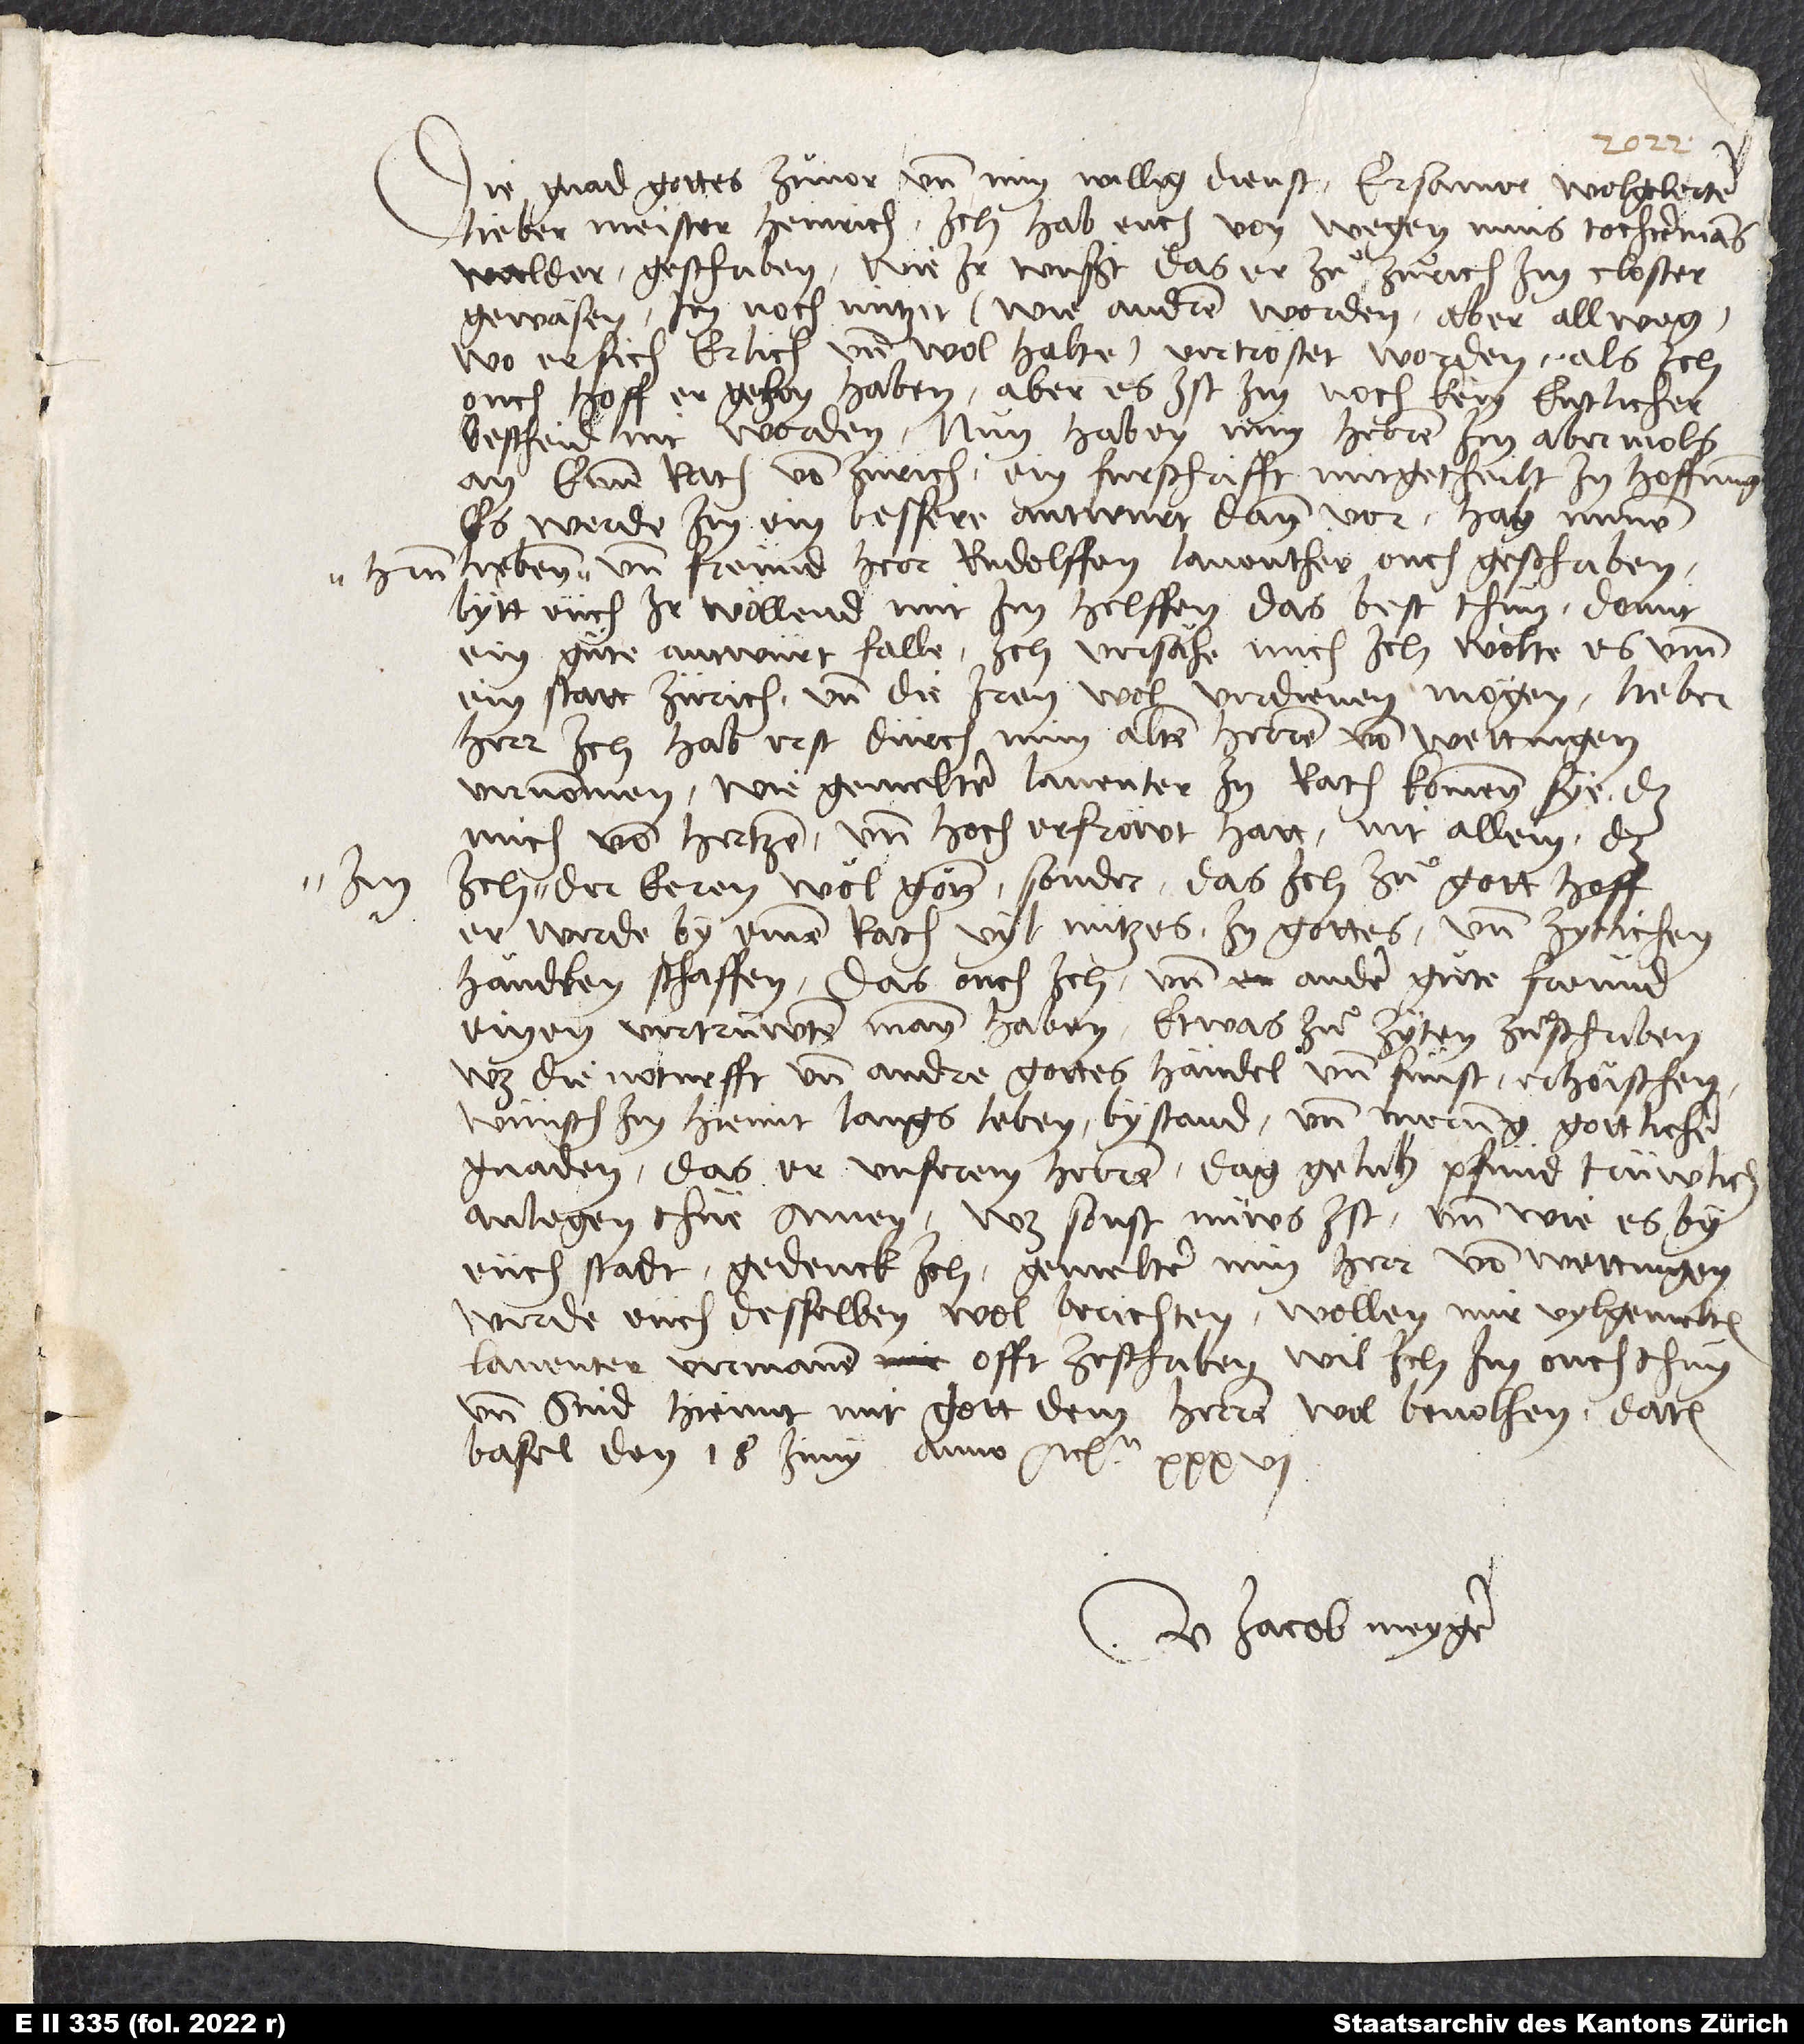
im

Die gnad gottes zuͦvor und min willig dienst. Ersamer, wolgelerter,
lieber Meister Heinrich, ich hab euch von wegen mins tochtermans
Walder geschriben, wie ir wusst, das er zuͦ Zurich im closter
gewäsen, im noch nutzit wie, andren, worden, aber allweg,
wo er sich erlich und wol halte, vertrostet worden, als ich
ouch hoff, er gethon haben; aber es ist im noch kein entlicher
bescheid nit worden. Nun haben min herren im abermols
an einen rath von Zurich ein furschrifft mitgetheilt, in hoffnung,
es werde im ein bessere antwurt dann vor. Hab minem
und freund, herr Rudolffen Laventher, ouch geschriben.
Bytt euch, ir wöllend mit im helffen das best thuͦn, domit
ein gute antwurt falle. Ich versähe mich, ich wolte es umm
ein statt Zürich und die iren wol verdienen mögen. Lieber
herr, ich hab erst durch min alten herren von Wettingen
vernommen, wie gemelter Laventer in rath kommen sye; das
mich von hertzen und hoch erfröwt hatt, nit allein, daß
der eeren wol gönn, sonder das ich zuͦ gott hoff,
er wirde by einem rath vill nutzes in gottes und zytlichen
händlen schaffen, das ouch ich und ander guͦte freund
einen vertrüwten mann haben, etwas zuͦ zyten zuͦ schriben,
was die noturfft und andre gottes händel und sunst erhöischen.
Wünsch im hiemit langs leben, bystand und merung gottlicher
gnaden, das er unserem herren das gelichen pfund trüwlich
anlegen thüe. Amen. Was sonst nüws ist und wie es by
uns stadt, gedenck ich, gemelter min herr von Wettingen
wirde euch desselben wol berichten. Wollen mir vylgemelten
Laventer vermanen, offt ze schriben; wil ich im ouch thun.
Und sind hiemit mit gott dem herren wol bevolhen. Datum
Basel, den 18. junii anno etc. 36.
U Jacob Meyger.